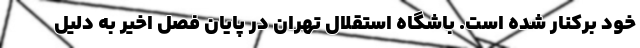
خود برکنار شده است. باشگاه استقلال تهران در پایان فصل اخیر به دلیل